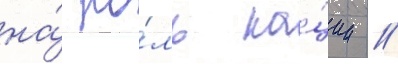
на́ ро́ль на́ции //